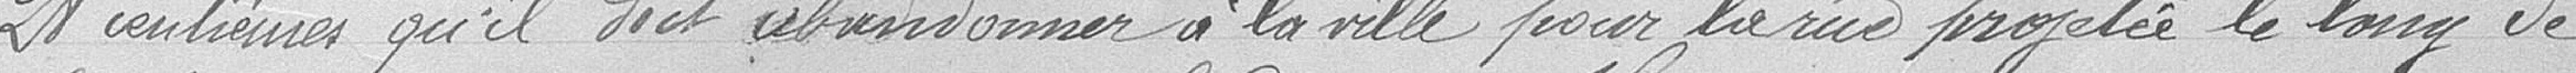
28 centièmes qu'il doit abandonner à la ville pour la rue projetée le long de